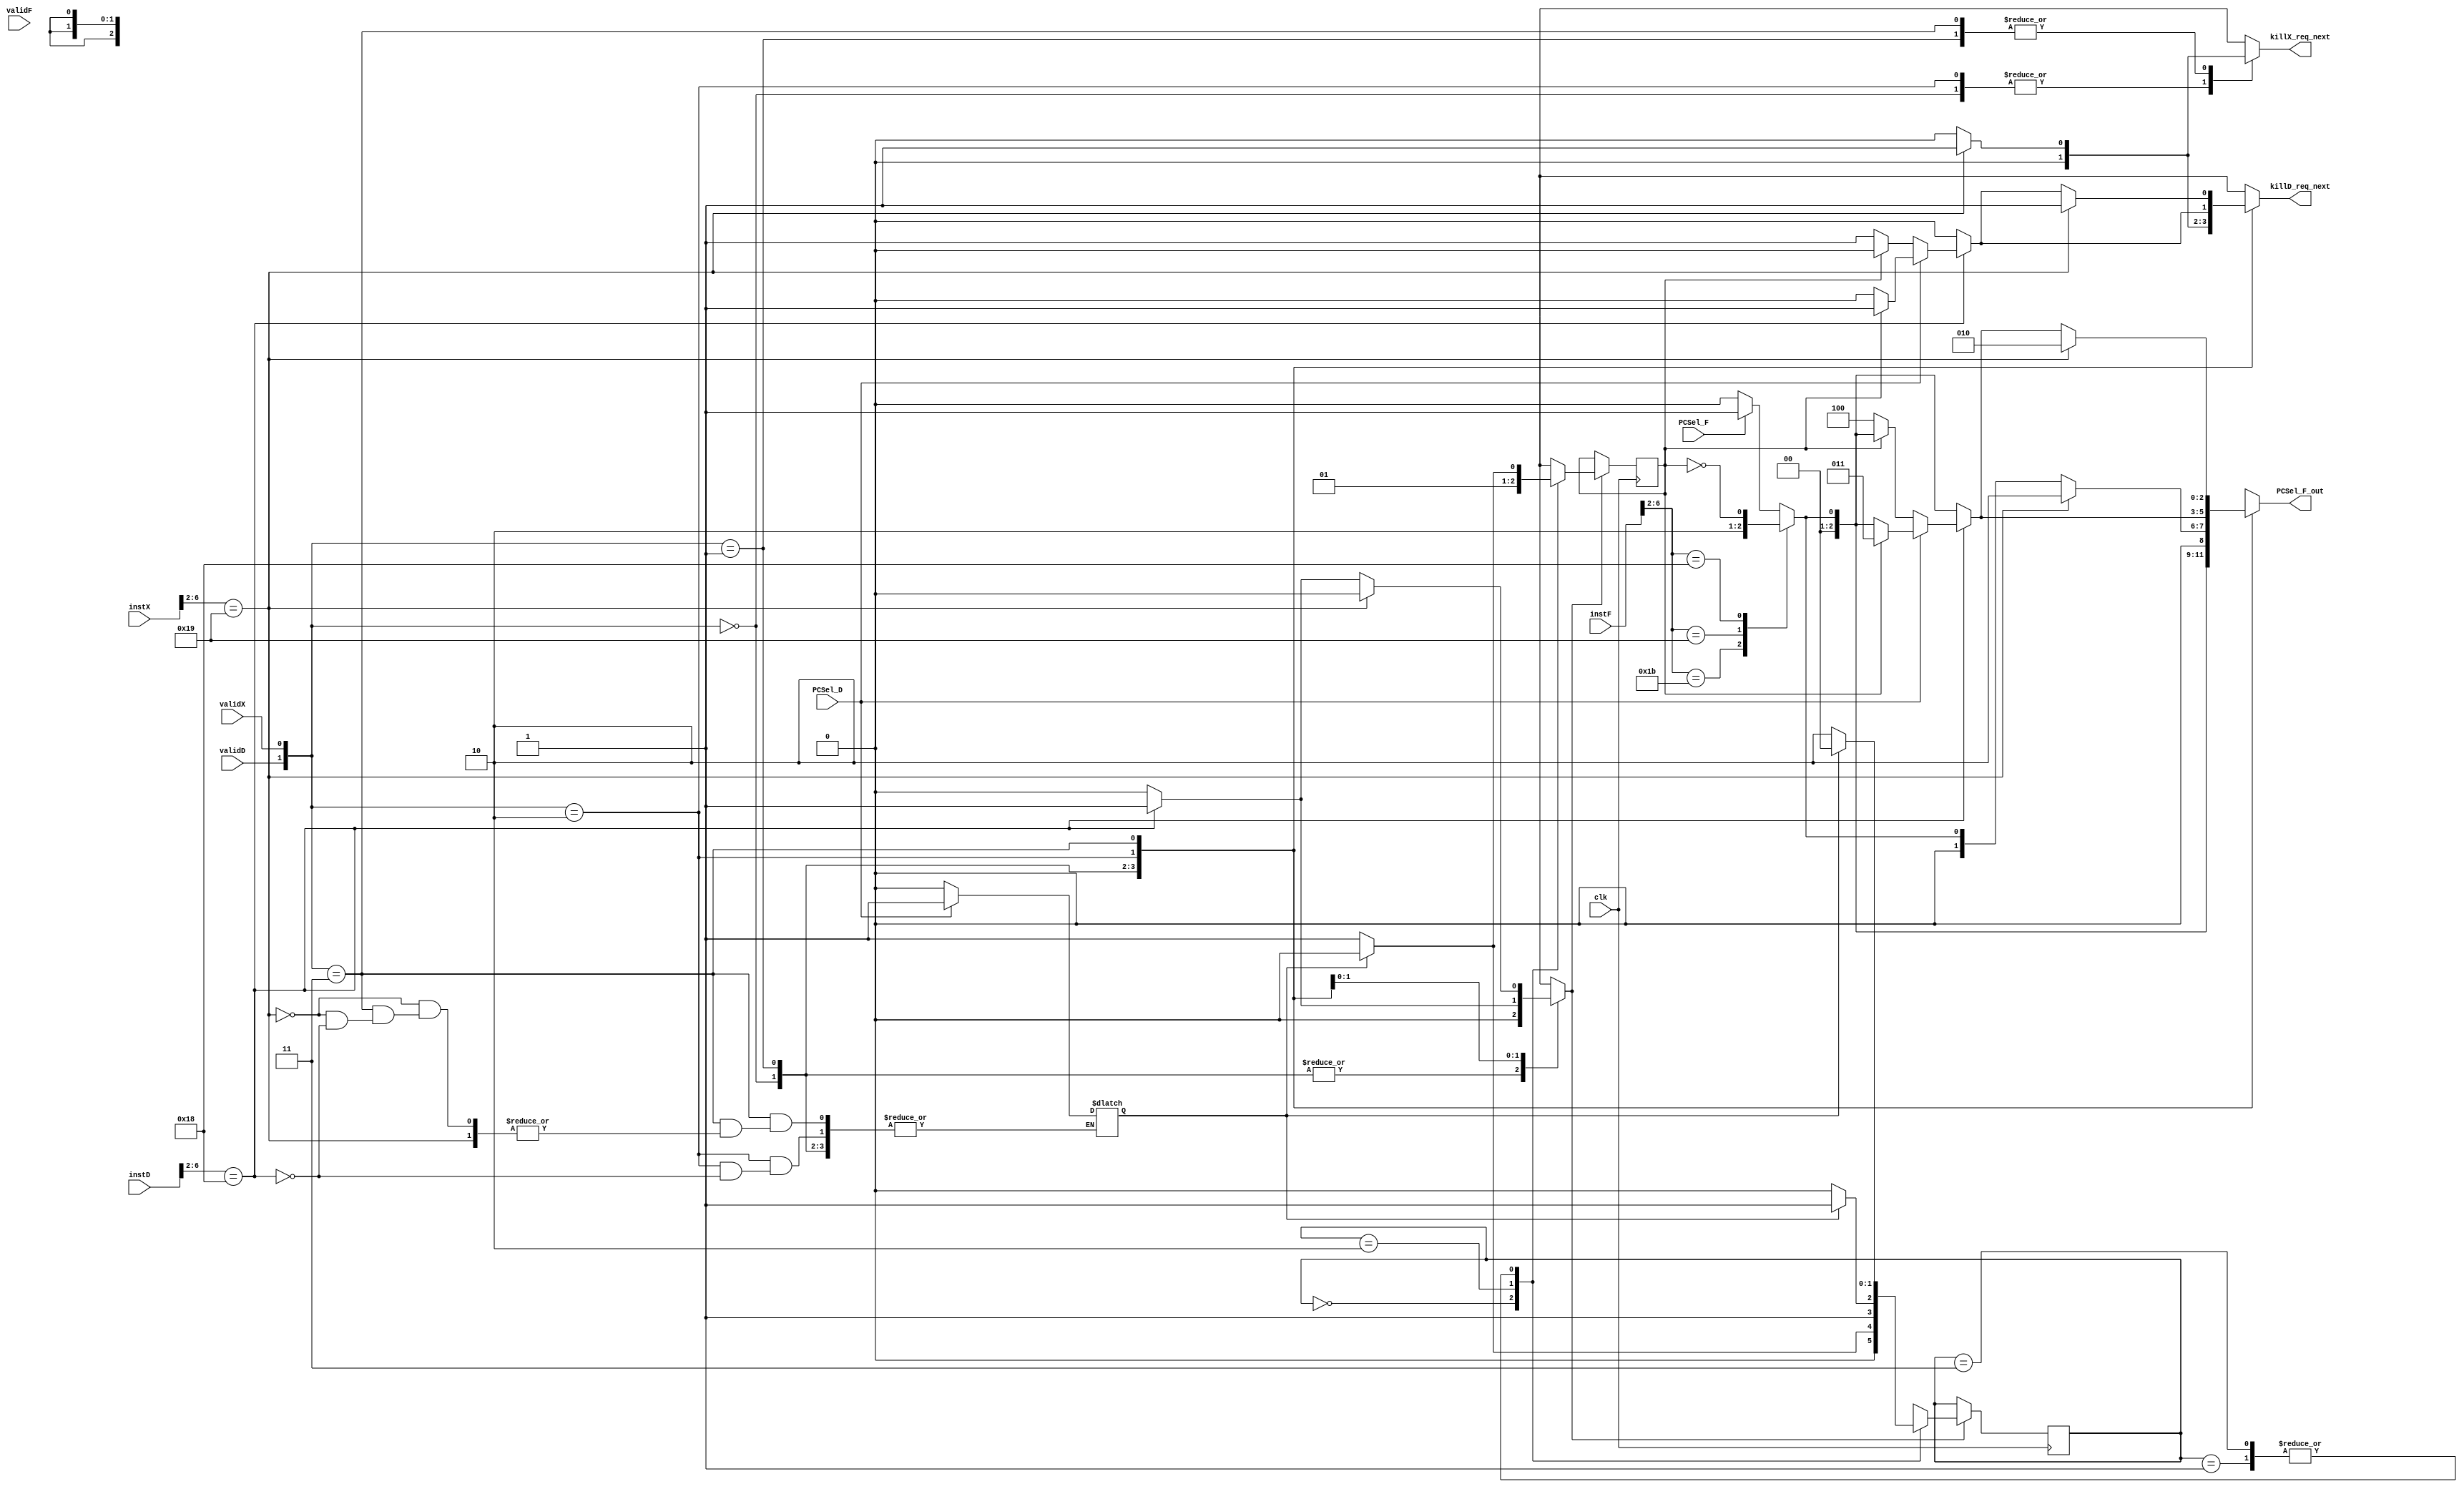
`timescale 1ns / 1ps
//////////////////////////////////////////////////////////////////////////////////
// Company: 
// Engineer: 
// 
// Design Name: 
// Module Name: pipeline_branch
// Project Name: 
// Target Devices: 
// Tool Versions: 
// Description: 
// 
// Dependencies: 
// 
// Revision:
// Revision 0.01 - File Created
// Additional Comments:
// 
//////////////////////////////////////////////////////////////////////////////////


module pipeline_branch(
    clk,
    instF,
    instD,
    instX,
    validF,
    validD,
    validX,
    killD_req_next,
    killX_req_next,
    PCSel_F,
    PCSel_D,
    PCSel_F_out
    );
input [31:0] instF, instD, instX;
input validF, validD, validX, PCSel_F, PCSel_D, clk;
output reg killD_req_next;
output reg killX_req_next;
output reg [2:0] PCSel_F_out;

parameter R_TYPE = 5'b01100;
parameter B_TYPE = 5'b11000;
parameter I_CAL = 5'b00100;
parameter I_LOAD = 5'b00000;
parameter S_TYPE = 5'b01000;
parameter LUI_TYPE = 5'b01101;
parameter AUIPC_TYPE = 5'b00101;
parameter JAL_TYPE = 5'b11011;
parameter JALR_TYPE = 5'b11001;

// Bug
reg [15:0] kt;
// Branch & JAL & JALR

reg [1:0] state;
/*
    0: Hard Jump
    1: Soft Jump
    2: Hard Not Jump
    3: Soft Not Jump
*/
reg predict_not_jump;
reg return_jump;
reg return_valid;
always @(*)
begin

case ({{validD}, {validX}})
2'b00: begin
        return_valid = 1'b0;
        case (instF[6:2])
        JAL_TYPE: begin
            kt = 1;
            killD_req_next = 1'b0;
            killX_req_next = 1'b0;
            PCSel_F_out = 3'd1; // PC + ImF
        end
        JALR_TYPE: begin
            kt = 2;
            killD_req_next = 1'b0;
            killX_req_next = 1'b0;
            PCSel_F_out = 3'd0; // PC + 4 // Guest
        end
        B_TYPE: begin
            kt = 3;
            PCSel_F_out = {{2'd0}, ~predict_not_jump};//3'd0; // Static predict not jump
            killD_req_next = 1'b0;
            killX_req_next = 1'b0;
            
        end
        default: begin
            killD_req_next = 1'b0;
            killX_req_next = 1'b0;
            
            // PCF next
            if (PCSel_F == 1'b0) begin
                kt = 5;
                PCSel_F_out = 3'd0; 
            end else begin
                kt = 6;
                PCSel_F_out = 3'd1; 
            end
        end
        endcase
    end
2'b01: begin
        return_valid = 1'b0;
        case (instX[6:2])
        JALR_TYPE: begin
            kt = 7;
            killD_req_next = 1'b1;
            killX_req_next = 1'b1;
            PCSel_F_out = 3'd2; // ALUoutX
        end
        default: begin
            case (instF[6:2])
            JAL_TYPE: begin
                kt = 8;
                killD_req_next = 1'b0;
                killX_req_next = 1'b0;
                PCSel_F_out = 3'd1; // PC + ImF
            end
            JALR_TYPE: begin
                kt = 9;
                killD_req_next = 1'b0;
                killX_req_next = 1'b0;
                PCSel_F_out = 3'd0; // PC + 4 // Guest
            end
            B_TYPE: begin
                kt = 10;
                PCSel_F_out = {{2'd0}, ~predict_not_jump};//3'd0; // Static predict not jump
                killD_req_next = 1'b0;
                killX_req_next = 1'b0;
            end
            default: begin
                killD_req_next = 1'b0;
                killX_req_next = 1'b0;
                
                // PCF next
                if (PCSel_F == 1'b0) begin
                    kt = 11;
                    PCSel_F_out = 3'd0; 
                end else begin
                    kt = 12;
                    PCSel_F_out = 3'd1; 
                end
            end
            endcase
        end
        endcase
    end
2'b10: begin
        case (instD[6:2])
        B_TYPE: begin
            return_valid = 1'b1;
            if (PCSel_D == 1'b1) begin // Return Jump
                return_jump = 1'b1;
                kt = 13;
                if (predict_not_jump == 1'b1) begin 
                    killD_req_next = 1'b1;
                    killX_req_next = 1'b0;
                    PCSel_F_out = 3'd3; // PCD + ImmD
                end else begin
                    case (instF[6:2])
                    JAL_TYPE: begin
                        kt = 14;
                        killD_req_next = 1'b0;
                        killX_req_next = 1'b0;
                        PCSel_F_out = 3'd1; // PC + ImF
                    end
                    JALR_TYPE: begin
                        kt = 15;
                        killD_req_next = 1'b0;
                        killX_req_next = 1'b0;
                        PCSel_F_out = 3'd0; // PC + 4 // Guest
                    end
                    B_TYPE: begin
                        kt = 16;
                        PCSel_F_out = {{2'd0}, ~predict_not_jump};//3'd0; // Static predict not jump
                        killD_req_next = 1'b0;
                        killX_req_next = 1'b0;
                    end
                    default: begin
                        killD_req_next = 1'b0;
                        killX_req_next = 1'b0;
                        
                        // PCF next
                        if (PCSel_F == 1'b0) begin
                            kt = 17;
                            PCSel_F_out = 3'd0; 
                        end else begin
                            kt = 18;
                            PCSel_F_out = 3'd1; 
                        end
                    end
                    endcase 
                end
            end else begin // Return Not Jump
                return_jump = 1'b0;
                if (predict_not_jump == 1'b1) begin
                    case (instF[6:2])
                    JAL_TYPE: begin
                        kt = 14;
                        killD_req_next = 1'b0;
                        killX_req_next = 1'b0;
                        PCSel_F_out = 3'd1; // PC + ImF
                    end
                    JALR_TYPE: begin
                        kt = 15;
                        killD_req_next = 1'b0;
                        killX_req_next = 1'b0;
                        PCSel_F_out = 3'd0; // PC + 4 // Guest
                    end
                    B_TYPE: begin
                        kt = 16;
                        PCSel_F_out = {{2'd0}, ~predict_not_jump};//3'd0; // Static predict not jump
                        killD_req_next = 1'b0;
                        killX_req_next = 1'b0;
                    end
                    default: begin
                        killD_req_next = 1'b0;
                        killX_req_next = 1'b0;
                        
                        // PCF next
                        if (PCSel_F == 1'b0) begin
                            kt = 17;
                            PCSel_F_out = 3'd0; 
                        end else begin
                            kt = 18;
                            PCSel_F_out = 3'd1; 
                        end
                    end
                    endcase
                end else begin // Predict Jump
                    killD_req_next = 1'b1;
                    killX_req_next = 1'b0;
                    PCSel_F_out = 3'd4; // PCD + 4
                end
            end
        end
        default: begin
            return_valid = 1'b0;
            case (instF[6:2])
            JAL_TYPE: begin
                kt = 19;
                killD_req_next = 1'b0;
                killX_req_next = 1'b0;
                PCSel_F_out = 3'd1; // PC + ImF
            end
            JALR_TYPE: begin
                kt = 20;
                killD_req_next = 1'b0;
                killX_req_next = 1'b0;
                PCSel_F_out = 3'd0; // PC + 4 // Guest
            end
            B_TYPE: begin
                kt = 21;
                PCSel_F_out = {{2'd0}, ~predict_not_jump};//3'd0; // Static predict not jump
                killD_req_next = 1'b0;
                killX_req_next = 1'b0;
            end
            default: begin
                killD_req_next = 1'b0;
                killX_req_next = 1'b0;
                
                // PCF next
                if (PCSel_F == 1'b0) begin
                    kt = 22;
                    PCSel_F_out = 3'd0; 
                end else begin
                    kt = 23;
                    PCSel_F_out = 3'd1; 
                end
            end
            endcase
        end
        endcase
    end
2'b11: begin
    case (instX[6:2])
        JALR_TYPE: begin
            return_valid = 1'b0;
            kt = 24;
            killD_req_next = 1'b1;
            killX_req_next = 1'b1;
            PCSel_F_out = 3'd2; // ALUoutX
        end
        default: begin
            case (instD[6:2])
            B_TYPE: begin
                return_valid = 1'b1;
                if (PCSel_D == 1'b1) begin // return jump
                    return_jump = 1'b1;
                    kt = 25;
                    if (predict_not_jump == 1'b1) begin
                        killD_req_next = 1'b1;
                        killX_req_next = 1'b0;
                        PCSel_F_out = 3'd3; // PCD + ImmD
                    end else begin
                        case (instF[6:2])
                        JAL_TYPE: begin
                            kt = 26;
                            killD_req_next = 1'b0;
                            killX_req_next = 1'b0;
                            PCSel_F_out = 3'd1; // PC + ImF
                        end
                        JALR_TYPE: begin
                            kt = 27;
                            killD_req_next = 1'b0;
                            killX_req_next = 1'b0;
                            PCSel_F_out = 3'd0; // PC + 4 // Guest
                        end
                        B_TYPE: begin
                            kt = 28;
                            PCSel_F_out = {{2'd0}, ~predict_not_jump};//3'd0; // Static predict not jump
                            killD_req_next = 1'b0;
                            killX_req_next = 1'b0;
                        end
                        default: begin
                            killD_req_next = 1'b0;
                            killX_req_next = 1'b0;
                            
                            // PCF next
                            if (PCSel_F == 1'b0) begin
                                kt = 29;
                                PCSel_F_out = 3'd0; 
                            end else begin
                                kt = 30;
                                PCSel_F_out = 3'd1; 
                            end
                        end
                        endcase
                    end
                end else begin // return not jump
                    return_jump = 1'b0;
                    if (predict_not_jump == 1'b1) begin
                        case (instF[6:2])
                        JAL_TYPE: begin
                            kt = 26;
                            killD_req_next = 1'b0;
                            killX_req_next = 1'b0;
                            PCSel_F_out = 3'd1; // PC + ImF
                        end
                        JALR_TYPE: begin
                            kt = 27;
                            killD_req_next = 1'b0;
                            killX_req_next = 1'b0;
                            PCSel_F_out = 3'd0; // PC + 4 // Guest
                        end
                        B_TYPE: begin
                            kt = 28;
                            PCSel_F_out = {{2'd0}, ~predict_not_jump};//3'd0; // Static predict not jump
                            killD_req_next = 1'b0;
                            killX_req_next = 1'b0;
                        end
                        default: begin
                            killD_req_next = 1'b0;
                            killX_req_next = 1'b0;
                            
                            // PCF next
                            if (PCSel_F == 1'b0) begin
                                kt = 29;
                                PCSel_F_out = 3'd0; 
                            end else begin
                                kt = 30;
                                PCSel_F_out = 3'd1; 
                            end
                        end
                        endcase
                    end else begin
                        killD_req_next = 1'b1;
                        killX_req_next = 1'b0;
                        PCSel_F_out = 3'd4; // PCD + 4
                    end
                end
            end
            default: begin
                return_valid = 1'b0;
                case (instF[6:2])
                JAL_TYPE: begin
                    kt = 31;
                    killD_req_next = 1'b0;
                    killX_req_next = 1'b0;
                    PCSel_F_out = 3'd1; // PC + ImF
                end
                JALR_TYPE: begin
                    kt = 32;
                    killD_req_next = 1'b0;
                    killX_req_next = 1'b0;
                    PCSel_F_out = 3'd0; // PC + 4 // Guest
                end
                B_TYPE: begin
                    kt = 33;
                    PCSel_F_out = {{2'd0}, ~predict_not_jump};//3'd0; // Static predict not jump
                    killD_req_next = 1'b0;
                    killX_req_next = 1'b0;
                end
                default: begin
                    killD_req_next = 1'b0;
                    killX_req_next = 1'b0;
                    
                    // PCF next
                    if (PCSel_F == 1'b0) begin
                        kt = 34;
                        PCSel_F_out = 3'd0; 
                    end else begin
                        kt = 35;
                        PCSel_F_out = 3'd1; 
                    end
                end
                endcase
            end
            endcase
        end
    endcase
    end
endcase
end
always @(posedge clk)
begin
    if (return_valid == 1'b1) begin
        case (state)
        2'd0: begin
            if (return_jump == 1'b1) begin
                state = 2'd0;
                predict_not_jump = 0;
            end else begin
                state = 2'd1;
                predict_not_jump = 0;
            end
        end
        2'd1: begin
            if (return_jump == 1'b1) begin
                state = 2'd0;
                predict_not_jump = 0;
            end else begin
                state = 2'd2;
                predict_not_jump = 1;
            end    
        end
        2'd2: begin
            if (return_jump == 1'b1) begin
                state = 2'd3;
                predict_not_jump = 1;
            end else begin
                state = 2'd2;
                predict_not_jump = 1;
            end    
        end
        2'd3: begin
            if (return_jump == 1'b1) begin
                state = 2'd0;
                predict_not_jump = 0;
            end else begin
                state = 2'd2;
                predict_not_jump = 1;
            end    
        end
        endcase
    end
end

/*
    0: Hard Jump
    1: Soft Jump
    2: Hard Not Jump
    3: Soft Not Jump
*/

initial begin
    killD_req_next = 0;
    killX_req_next = 0;
    PCSel_F_out = 3'd0;
    state = 0;
    return_jump = 1;
    predict_not_jump = 1;
    return_valid = 0;
end
endmodule